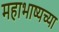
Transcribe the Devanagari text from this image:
महाभाष्यच्या